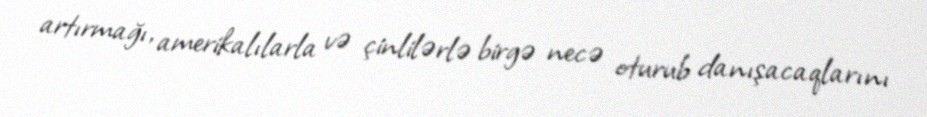
artırmağı, amerikalılarla və çinlilərlə birgə necə oturub danışacaqlarını